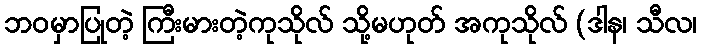
ဘဝမှာပြုတဲ့ ကြီးမားတဲ့ကုသိုလ် သို့မဟုတ် အကုသိုလ် (ဒါန၊ သီလ၊